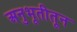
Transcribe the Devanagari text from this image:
अनुभूतीतून